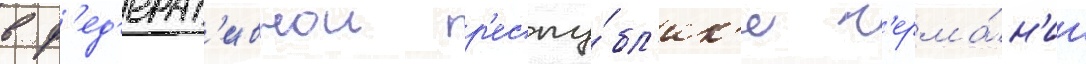
в ф'ед'ерат'ивнои р'еспу́бл'ик'е г'ерма́н'ии